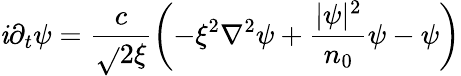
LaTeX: \mathit{i}\partial_{t}\psi=\frac{{c}}{{\sqrt{}{{2}}\xi}}\left(-\xi^{2}\nabla^{2}\psi+\frac{{|\psi|^{2}}}{{n_{0}}}\psi-\psi\right)